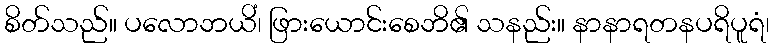
စိတ်သည်။ ပလောဘယိံ၊ ဖြားယောင်းစေဘိ၏ သနည်း။ နာနာရတနပရိပူရံ၊